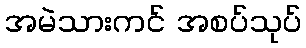
အမဲသားကင် အစပ်သုပ်